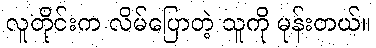
လူတိုင်းက လိမ်ပြောတဲ့ သူကို မုန်းတယ်။